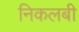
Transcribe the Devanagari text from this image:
निकलबी